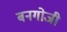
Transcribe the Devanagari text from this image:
बनगोजी